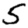
Digit: 5